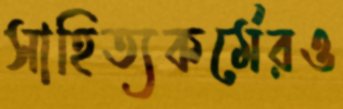
সাহিত্যকর্মেরও